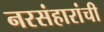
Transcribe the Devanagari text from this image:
नरसंहारांची